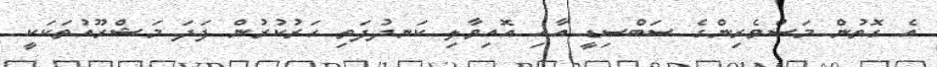
އެ ގޮތުން މަސްވެރިންގެ ސަބްސިޑީ އާއި އޮއިވާލި ކަނދުފަތި ހަރުކުރުން ފަދަ މަޝްރޫއުތަކަކީ